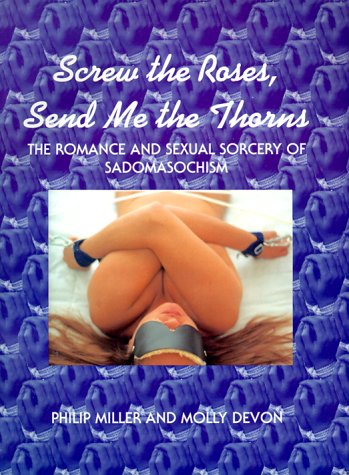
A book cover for Screw the Roses, Send Me the Thorns: The Romance and Sexual Sorcery of Sadomasochism; Philip Miller; Self-Help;